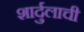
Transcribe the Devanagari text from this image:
शार्दुलाची